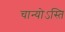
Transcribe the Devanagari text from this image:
चान्योऽस्ति